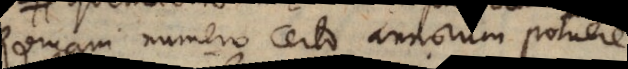
Romani numero certo annorum potuere